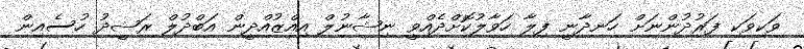
ވަކިވަކި ފަރުދުންނަށް ހަނދާނީ ފިލާ ހަވާލުކޮށްދެއްވީ ނިޝާނުލް އިއްޒުއްދީން އަބްދުލް ރަޝީދު ހުސެއިން